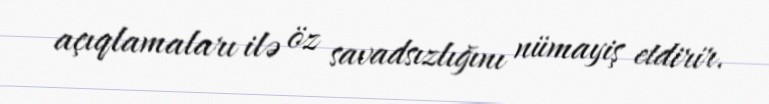
açıqlamaları ilə öz savadsızlığını nümayiş etdirir.